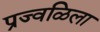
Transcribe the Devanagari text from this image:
प्रज्वळिला